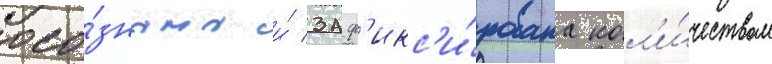
осо́знана и́ заф'икс'и́рована кол'и́чеством